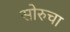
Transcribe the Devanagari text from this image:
सोरुचा